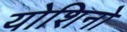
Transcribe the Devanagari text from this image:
योशिनो